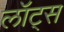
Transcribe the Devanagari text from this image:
लॉट्स